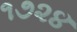
૧૭૨૪